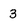
Character: 3